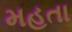
મહતા